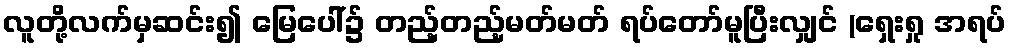
လူတို့လက်မှဆင်း၍ မြေပေါ်၌ တည့်တည့်မတ်မတ် ရပ်တော်မူပြီးလျှင် (ရှေးရှု အရပ်